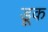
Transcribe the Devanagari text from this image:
डूक